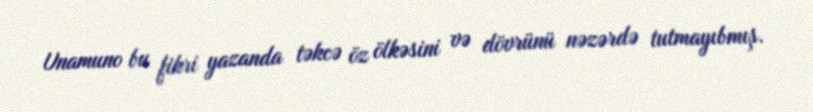
Unamuno bu fikri yazanda təkcə öz ölkəsini və dövrünü nəzərdə tutmayıbmış.